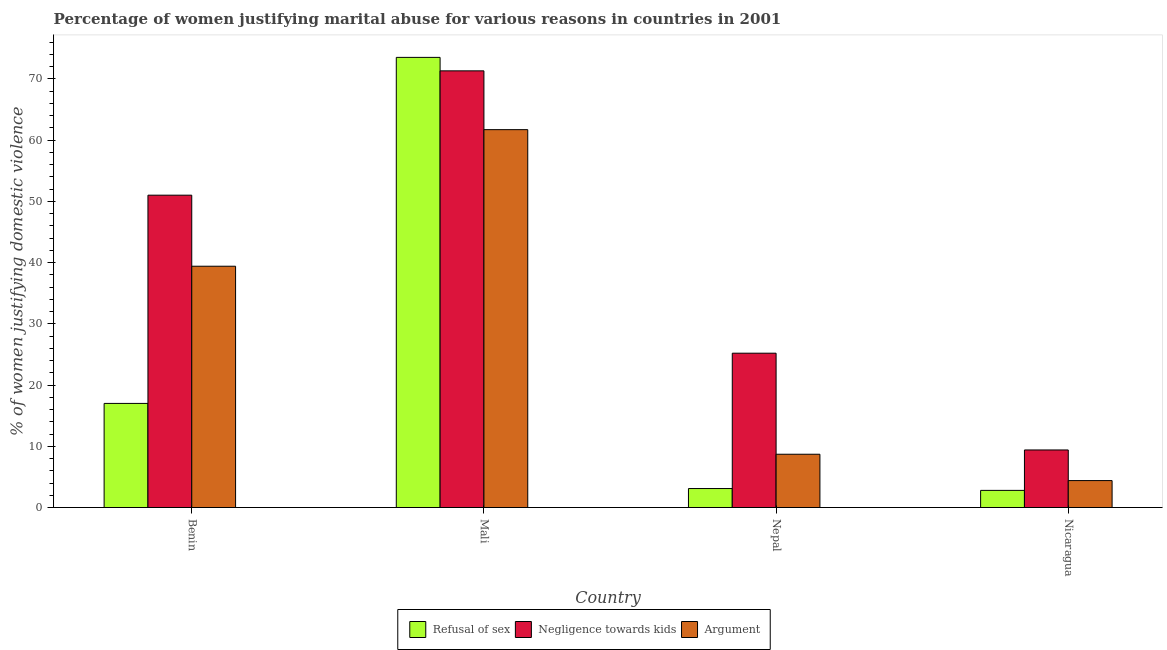
| Country | Refusal of sex | Negligence towards kids | Argument |
 | --- | --- | --- | --- |
 | Benin | 17 | 51 | 39.4 |
 | Mali | 73.5 | 71.3 | 61.7 |
 | Nepal | 3.1 | 25.2 | 8.7 |
 | Nicaragua | 2.8 | 9.4 | 4.4 |